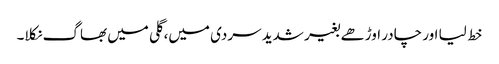
خط لیا اور چادر اوڑھے بغیر شدید سردی میں، گلی میں بھاگ نکلا۔